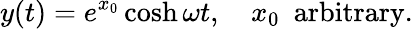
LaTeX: y(t)=e^{x_{0}}\cosh\omega t,\quad x_{0}\ \ \mathrm{arbitrary}.